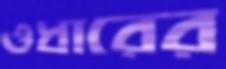
ওধারের